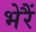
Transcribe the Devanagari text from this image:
भेरैं